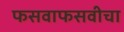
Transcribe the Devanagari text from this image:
फसवाफसवीचा